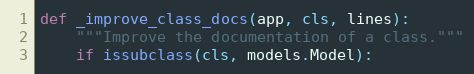
Language: Python
def _improve_class_docs(app, cls, lines):
    """Improve the documentation of a class."""
    if issubclass(cls, models.Model):